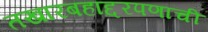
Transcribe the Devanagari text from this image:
तखारबहाद्दरपणाची